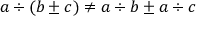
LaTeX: a \div ( b \pm c ) \neq a \div b \pm a \div c